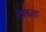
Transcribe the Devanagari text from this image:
बेधकता